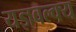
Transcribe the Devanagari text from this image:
यज्ञवल्क्य